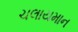
ચલાયમાન